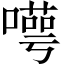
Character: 𠿸